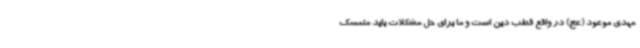
مهدی موعود (عج) در واقع قطب دین است و ما برای حل مشکلات باید متمسک